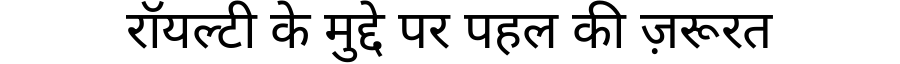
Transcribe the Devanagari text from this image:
रॉयल्टी के मुद्दे पर पहल की ज़रूरत